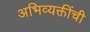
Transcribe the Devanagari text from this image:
अभिव्यक्तींची